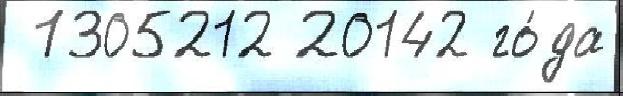
 1305212 20142 го́да